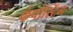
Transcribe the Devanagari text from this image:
कंपोस्टिंग